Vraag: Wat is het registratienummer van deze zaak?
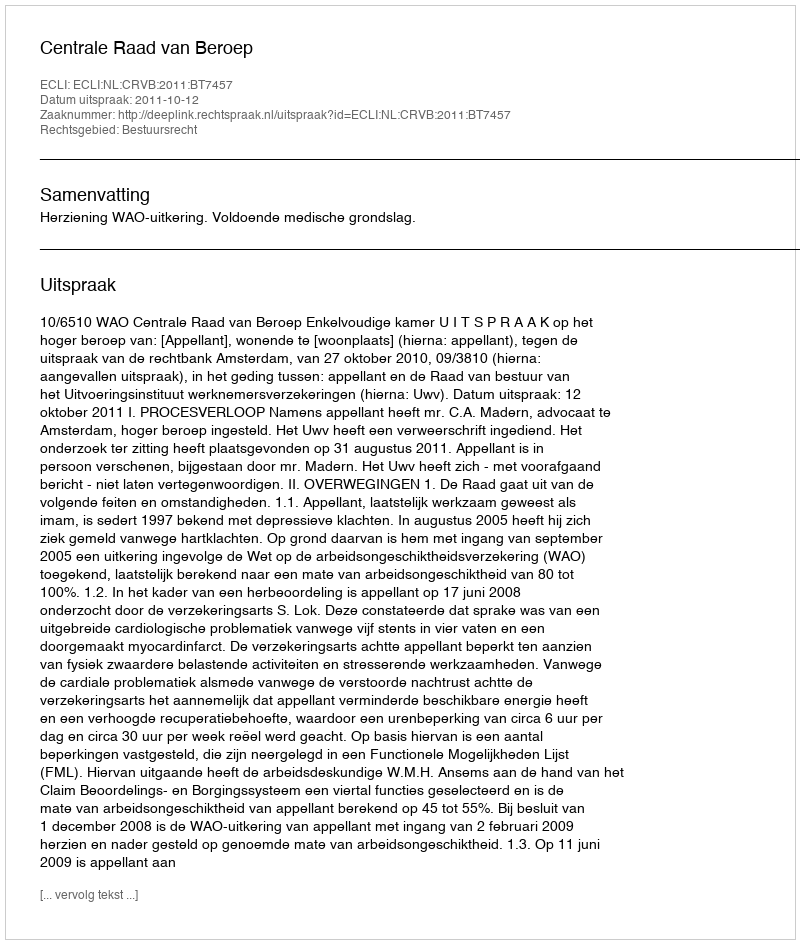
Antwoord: http://deeplink.rechtspraak.nl/uitspraak?id=ECLI:NL:CRVB:2011:BT7457